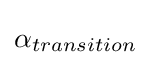
\textstyle \alpha _{transition}